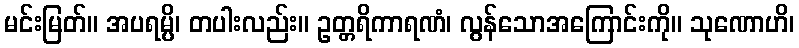
မင်းမြတ်။ အပရမ္ပိ၊ တပါးလည်း။ ဥတ္တရိကာရဏံ၊ လွန်သောအကြောင်းကို။ သုဏောဟိ၊